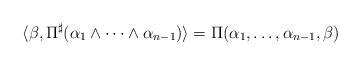
LaTeX: \begin{align*} \langle \beta, \Pi^{\sharp} (\alpha_1 \wedge \cdots \wedge \alpha_{n-1}) \rangle = \Pi (\alpha_1, \ldots, \alpha_{n-1}, \beta)\end{align*}